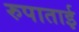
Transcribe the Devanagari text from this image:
रुपाताई